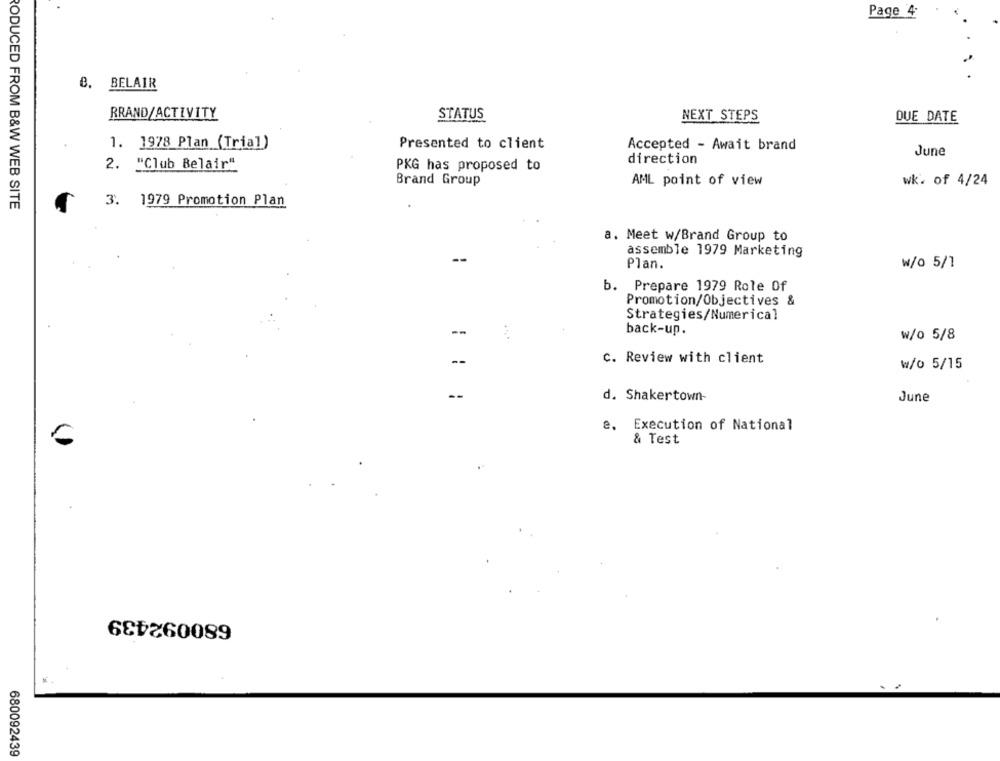
Page 4
B. BELAIR
BRAND/ACTIVITY
STATUS
NEXT STEPS
DUE DATE
1. 1978 Plan (Trial)
Presented to client
Accepted - Await brand
June
direction
2. "Club Belair"
PKG has proposed to
Brand Group
AML point of view
wk. of 4/24
RODUCED FROM B&W WEB SITE
3. 1979 Promotion Plan
a. Meet w/Brand Group to
--
assemble 1979 Marketing
Plan.
w/0 5/1
b. Prepare 1979 Role Of
Promotion/Objectives &
Strategies/Numerical
--
back-up.
w/o 5/8
--
c. Review with client
₩/0 5/15
--
d. Shakertown-
June
2.
Execution of National
& Test
680092439
680092439